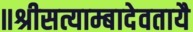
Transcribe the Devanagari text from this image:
॥श्रीसत्याम्बादेवतायै